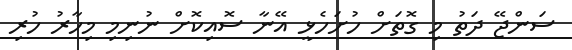
ސަންޖޭ ދަތު މި ގޮތަށް ހުށަހެޅީ އޭނާ ސޮއިކޮށް ނުނިމި މިހާރު ހުރި